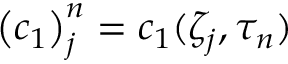
{ \left( c _ { 1 } \right) } _ { j } ^ { n } = c _ { 1 } ( \zeta _ { j } , \tau _ { n } )